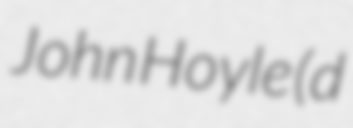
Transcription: John Hoyle (d